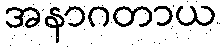
အနာဂတာယ